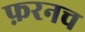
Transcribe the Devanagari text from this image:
फ़रनच